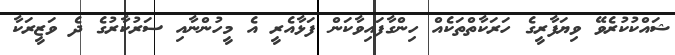
ޝައްކުކުރެވޭ ވިޔަފާރީގެ ހަރަކާތްތަކެއް ހިންގާފައިވާކަން ފަޅާއެރީ އެ މީހުންނާއި ސަރުކާރުގެ ދެ ވަޒީރަކާ